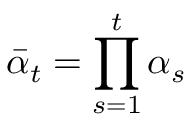
\bar { \alpha } _ { t } = \prod _ { s = 1 } ^ { t } \alpha _ { s }